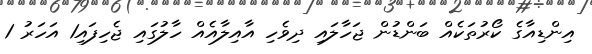
އިންޑިއާގެ ކޯރުތަކެއް ބަންޑުން ޖަހާލައި ދިވެހި އާއިލާއެއް ހާލުގައި ޖެހިފައި1 އަހަރު 1